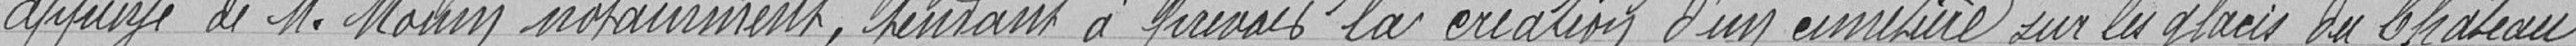
appuyé de M.Monin notamment, tendant à prévoir la création d'un cimetière sur les glacis du Chateau